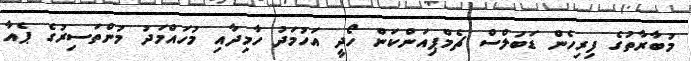
މުބާރާތުގެ ފިރިހެން ޑަބަލްސް ޗެމްޕިއަންކަން ހޯދީ އަހުމަދު ހާމިދާއި މުހައްމަދު މުންތަސިރުގެ ޕެއާ